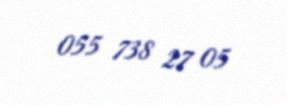
055 738 27 05